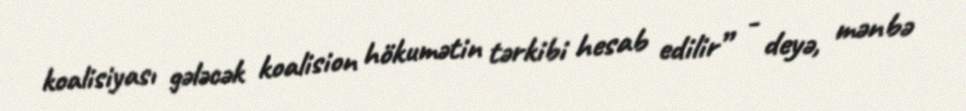
koalisiyası gələcək koalision hökumətin tərkibi hesab edilir” - deyə, mənbə